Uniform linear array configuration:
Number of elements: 24
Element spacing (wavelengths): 1
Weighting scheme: kaiser
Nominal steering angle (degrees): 15
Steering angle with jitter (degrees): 15.259
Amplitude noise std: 0.05
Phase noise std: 0.05

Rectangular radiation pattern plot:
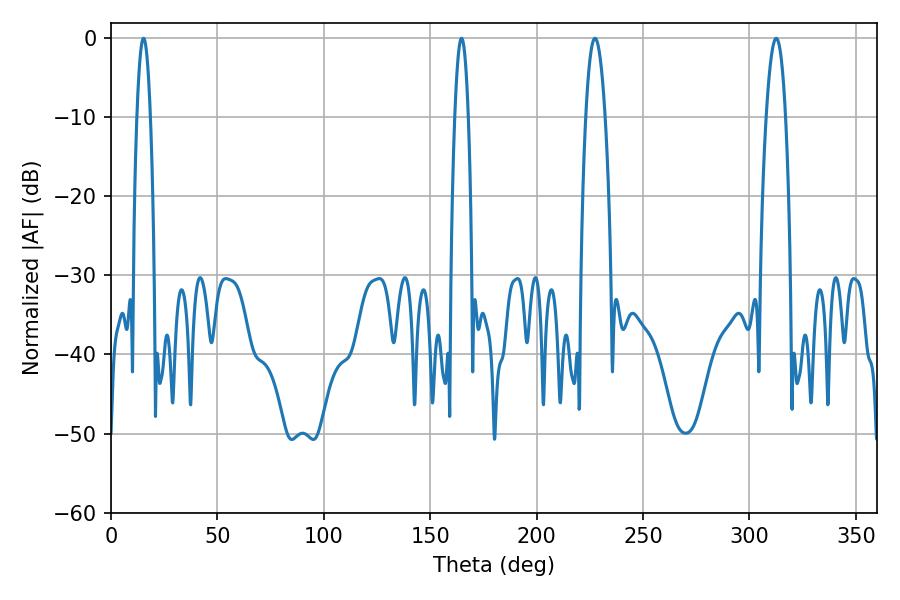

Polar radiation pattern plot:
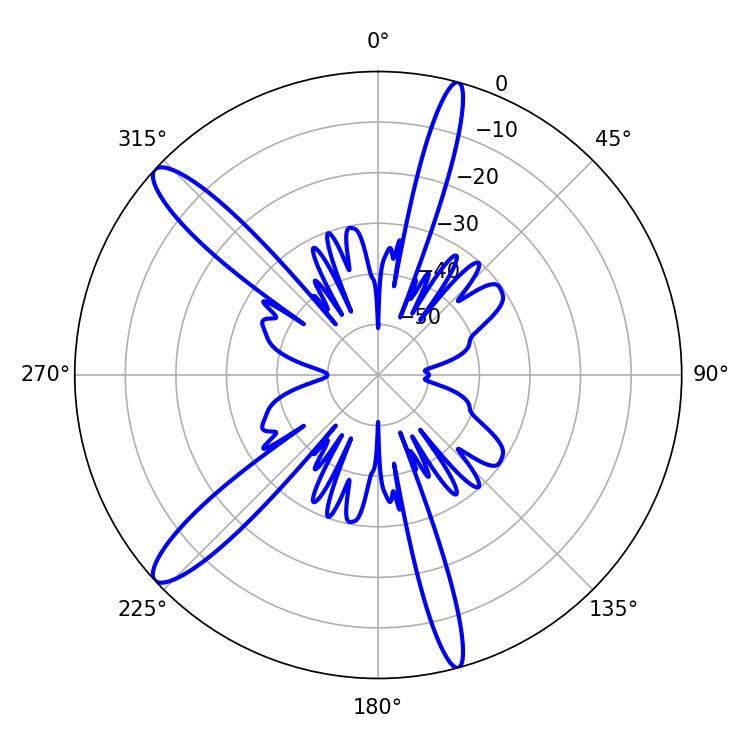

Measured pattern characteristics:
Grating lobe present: TRUE
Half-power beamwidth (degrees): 3.6
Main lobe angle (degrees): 15.3